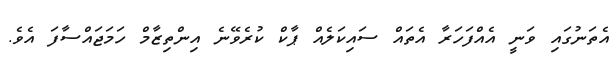
އެތަނުގައި ވަނީ އެއްފަހަރާ އެތައް ސައިކަލެއް ޕާކް ކުރެވޭނެ އިންތިޒާމް ހަމަޖައްސާފަ އެވެ.